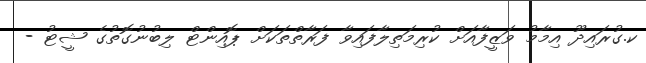
ކ.ގުރައިދޫ އިމާމު ވަޒީފާއަށް ކުރިމަތިލާފައިވާ ފަރާތްތަކަށް ޕޮއިންޓް ލިބުނުގޮތުގެ ޝީޓު -